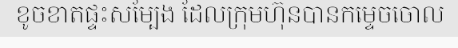
ខូចខាតផ្ទះសម្បែង ដែលក្រុមហ៊ុនបានកម្ទេចចោល